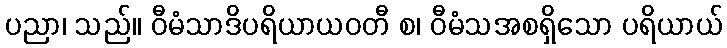
ပညာ၊ သည်။ ဝီမံသာဒိပရိယာယဝတီ စ၊ ဝီမံသအစရှိသော ပရိယာယ်